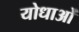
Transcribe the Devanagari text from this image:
योधाओं